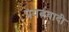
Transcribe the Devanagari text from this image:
प्रयत्नवादी